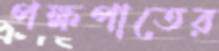
পক্ষপাতের